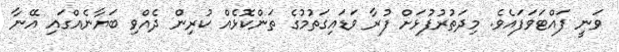
ވަނީ ފައްޓަވަފައެވެ. މިދަތުރުފުޅަށް ފުރާ ވަޑައިގަތުމުގެ ތަންކޮޅެއް ކުރިން ދެއްވި ބަޔާނެއްގައި އޭނާ